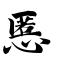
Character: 慝